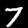
Label: 7